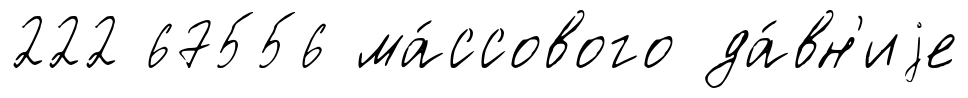
222 67556 ма́ссового да́вн'иjе